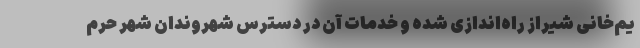
یم‌خانی شیراز راه‌اندازی شده و خدمات آن در دسترس شهروندان شهر حرم